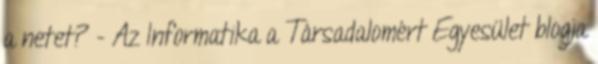
a netet? - Az Informatika a Társadalomért Egyesület blogja